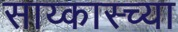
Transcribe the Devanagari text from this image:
साय्कास्च्या